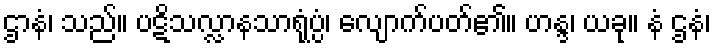
ဌာနံ၊ သည်။ ပဋိသလ္လာနသာရုံပ္ပံ၊ လျောက်ပတ်၏။ ဟန္ဒ၊ ယခု။ နံ ဌနံ၊